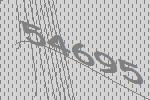
54695